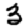
Digit: 3